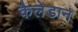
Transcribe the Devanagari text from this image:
कैलेडान